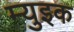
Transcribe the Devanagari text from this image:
म्युइक